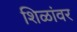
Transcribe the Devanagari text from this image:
शिळांवर